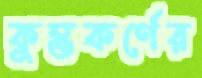
কুম্ভকর্ণের